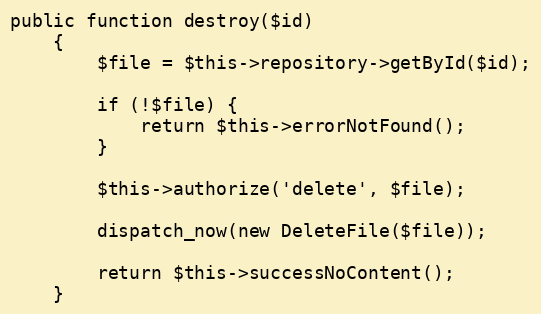
Language: PHP
public function destroy($id)
    {
        $file = $this->repository->getById($id);

        if (!$file) {
            return $this->errorNotFound();
        }

        $this->authorize('delete', $file);

        dispatch_now(new DeleteFile($file));

        return $this->successNoContent();
    }